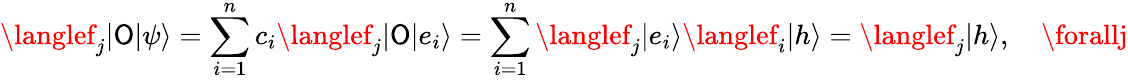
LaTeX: \langlef_{j}|\mathsf{O}|\psi\rangle=\sum_{i=1}^{n}c_{i}\langlef_{j}|\mathsf{O}|e_{i}\rangle=\sum_{i=1}^{n}\langlef_{j}|e_{i}\rangle\langlef_{i}|h\rangle=\langlef_{j}|h\rangle,\quad\forallj